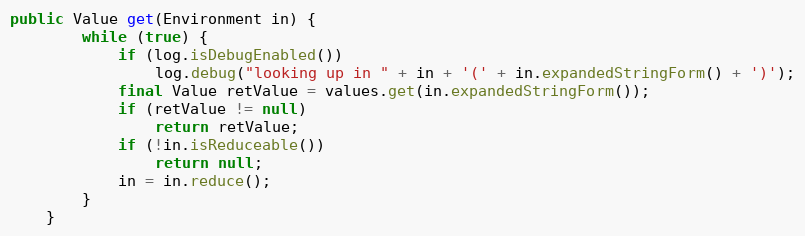
Language: Java
public Value get(Environment in) {
        while (true) {
            if (log.isDebugEnabled())
                log.debug("looking up in " + in + '(' + in.expandedStringForm() + ')');
			final Value retValue = values.get(in.expandedStringForm());
            if (retValue != null)
                return retValue;
            if (!in.isReduceable())
                return null;
            in = in.reduce();
        }
    }